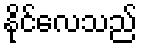
နိုင်လေသည်